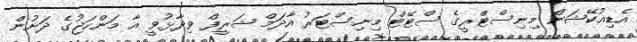
އެޑިއުކޭޝަން މިނިސްޓްރީގެ ސްޓޭޓް މިނިސްޓަރު އާދަމް ޝަރީފް ވިދާޅުވީ އާ މަންހަޖުގެ ދަށުން